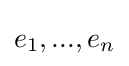
e_{1},...,e_{n}